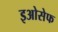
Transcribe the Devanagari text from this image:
इओसेफ